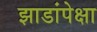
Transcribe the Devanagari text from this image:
झाडांपेक्षा